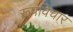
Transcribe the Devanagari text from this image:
रूपविचार